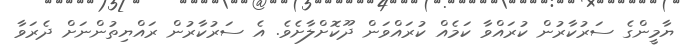
ޔާމީންގެ ސަރުކާރުން ކުރައްވާ ކަމެއް ކުރައްވަން ދޫކޮށްލާށެވެ. އެ ސަރުކާރުން ރައްޔިތުންނަށް ދެރަވާ